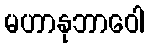
မဟာနုဘာဝေါ